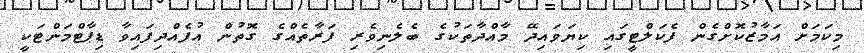
މިކަމަށް އަމާޒުކޮށްގެން ފެކަލްޓީގައި ކިޔަވައިދޭ މާއްދާތަކުގެ ބެލެނިވެރި ފަރާތެއްގެ ގޮތުން އުފެއްދިފައިވާ ޑިޕާޓްމަންޓަކީ